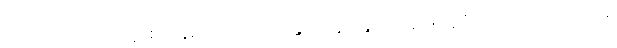
အဿ၊ အဘယ်သို့ဖြစ်သနည်း။ ဂေါပဒေ၊ နွားခြေရာခွက်သည်။ ဣဒံ ဥဒကံ၊ ဤရေသည်။